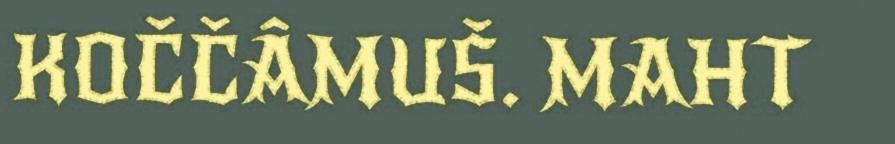
KOČČÂMUŠ. MAHT